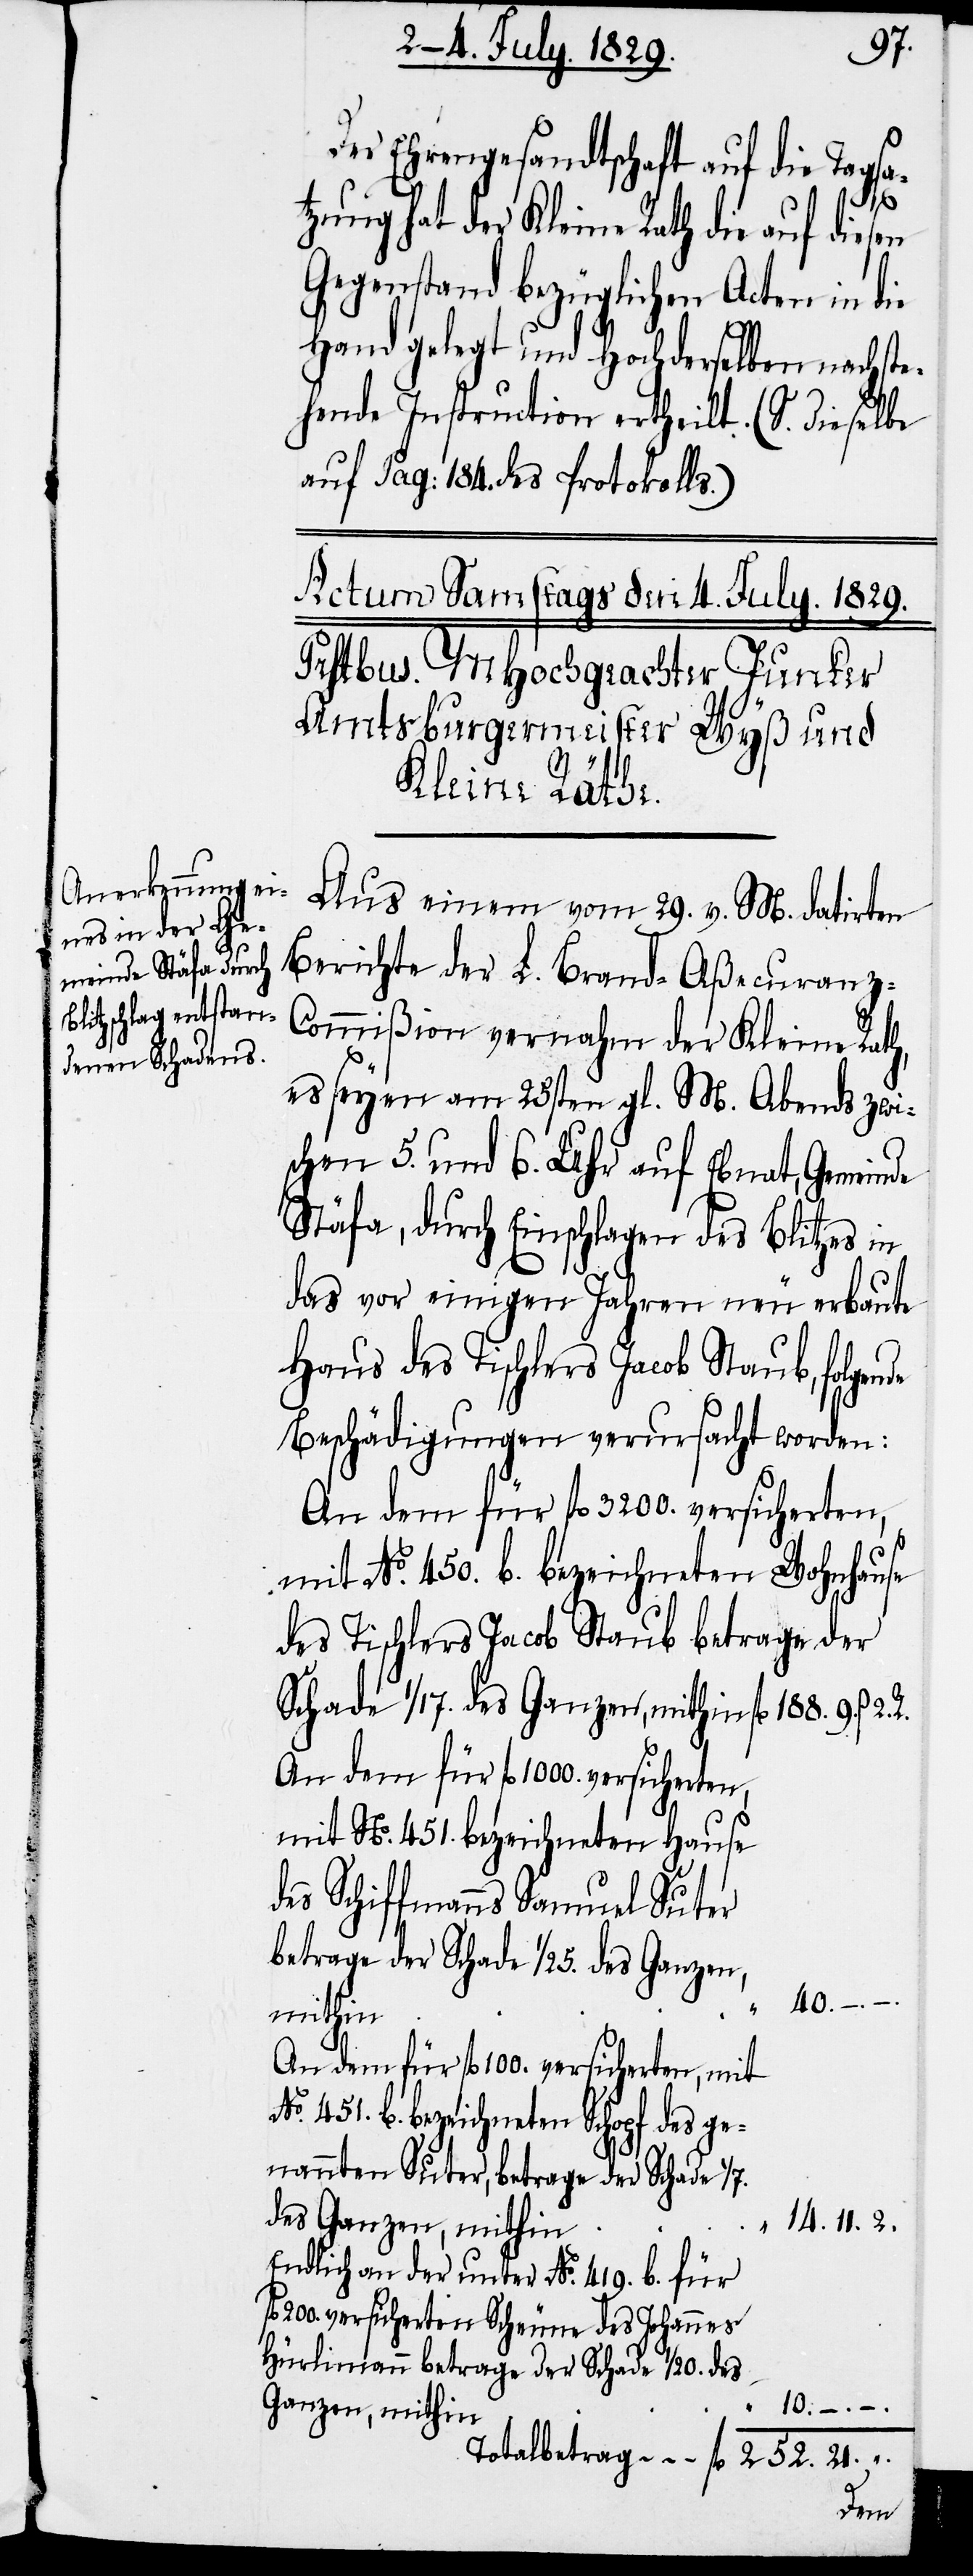
No.
Der Ehrengesandtschaft auf die Tagsa¬
nannten
tzung hat der Kleine Rath die auf diesen
Gegenstand bezüglichen Acten in die
Hand gelegt und Hochderselben nachste¬
hende Instruction ertheilt. (S. dieselbe
auf Pag: 184. des Protokolls.)
Aus einem vom 29. v. M. datirten
Berichte der L. Brand-Aßecuranz-C¬
ommißion vernahm der Kleine Rath,
es seyen am 25sten gl. M. Abends zwi¬
schen 5. und 6. Uhr auf Ebnat, Gemeinde
Stäfa, durch Einschlagen des Blitzes in
das vor einigen Jahren neu erbaute
Haus des Tischlers Jacob Staub, folgen¬
Beschädigungen verursacht worden:
An dem für fl. 100. versicherten,
mit No. 450. b. bezeichneten Wohnhause
des Tischlers Jacob Staub betrage der
Schade 1/17. des Ganzen, mithin fl. 188. 9. ß.
mit No. 451. bezeichneten Hause
des Schiffmanns Samuel Suter
betrage der Schade 1/7. des Ganzen
40. –
mithin
451 b. bezeichneten Schopf des ge¬
14. 11. 2.
Endlich an der unter No. 419 b. für
versicherten Scheune des Johannes
Hürlimann betrage der Schade 1/20. des
. – .
Totalbetrag fl. 252. 21. “ .
de